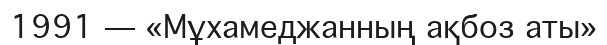
1991 — «Мұхамеджанның ақбоз аты»